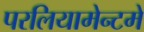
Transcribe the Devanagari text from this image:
परलियामेन्टमे